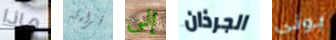
ماذا قراءته إلى الجرذان بونى